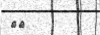
٧٨